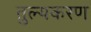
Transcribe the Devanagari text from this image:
तुल्यकरण